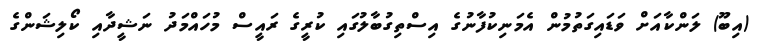
(އިބޫ) ލަންކާއަށް ވަޑައިގަތުމުން އެމަނިކުފާނުގެ އިސްތިގުބާލުގައި ކުރީގެ ރައީސް މުހައްމަދު ނަޝީދާއި ކޯލިޝަންގެ